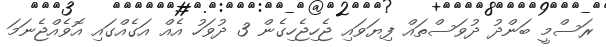
ރަސްމީ ބަންދު ދުވަސްތައް ފިޔަވައި ޖެހިޖެހިގެން 3 ދުވަހު އެއް އަގެއްގައި އޮވެއްޖެނަމަ